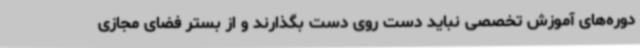
دوره‌های آموزش تخصصی نباید دست روی دست بگذارند و از بستر فضای مجازی